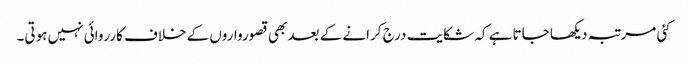
کئی مرتبہ دیکھا جاتا ہے کہ شکایت درج کرانے کے بعد بھی قصورواروں کے خلاف کارروائی نہیں ہوتی۔